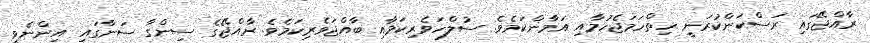
ރާއްޖޭގައި ރަސްކަންކުރަނީ ހިތްހަމަޖެހުމާއި އަމާންކަމެވެ. ސުލްހަވެރިކަމާއި ބާއްޖަވެރިކަމެވެ. ރާއްޖޭގެ ސިންގާ ސަނާގައި އިންނެވީ